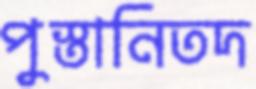
পুস্তানিতদ